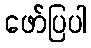
ဖော်ပြပါ